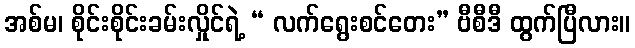
အစ်မ၊ စိုင်းစိုင်းခမ်းလှိုင်ရဲ့ “ လက်ရွေးစင်တေး” ဗီစီဒီ ထွက်ပြီလား။